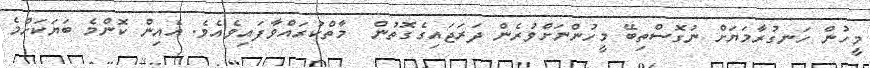
މީހުން ހަނގުރާމަޔަށް ނުގޮސްތިބޭ މީހުންނަށްވުރެން ދަރަޖައިގެގޮތުން  މާތްކުރައްވާފައިވެއެވެ. އެއިން ކޮންމެ ބަޔަކަށްމެ